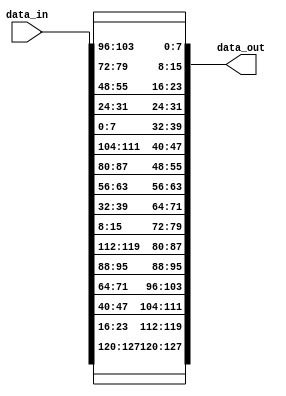
module InvShiftRows (input [127:0] data_in, output wire [127:0] data_out);

wire [0:127] in;
wire [0:127] out;

assign in = data_in;
assign  data_out = out;

wire [7:0] a0 [0:3];
wire [7:0] a1 [0:3];
wire [7:0] a2 [0:3];
wire [7:0] a3 [0:3];

assign a0[0] = in[0:7];
assign a1[0] = in[8:15];
assign a2[0] = in[16:23];
assign a3[0] = in[24:31];

assign a0[1] = in[32:39];
assign a1[1] = in[40:47];
assign a2[1] = in[48:55];
assign a3[1] = in[56:63];

assign a0[2] = in[64:71];
assign a1[2] = in[72:79];
assign a2[2] = in[80:87];
assign a3[2] = in[88:95];

assign a0[3] = in[96:103];
assign a1[3] = in[104:111];
assign a2[3] = in[112:119];
assign a3[3] = in[120:127];

assign out[0:7] = a0[0];
assign out[8:15] = a1[3];
assign out[16:23] = a2[2];
assign out[24:31] = a3[1];

assign out[32:39] = a0[1];
assign out[40:47] = a1[0];
assign out[48:55] = a2[3];
assign out[56:63] = a3[2];

assign out[64:71] = a0[2];
assign out[72:79] = a1[1];
assign out[80:87] = a2[0];
assign out[88:95] = a3[3];

assign out[96:103] = a0[3];
assign out[104:111] = a1[2];
assign out[112:119] = a2[1];
assign out[120:127] = a3[0];

endmodule